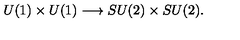
U ( 1 ) \times U ( 1 ) \longrightarrow S U ( 2 ) \times S U ( 2 ) .